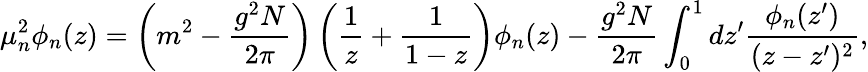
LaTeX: \mu_{n}^{2}\phi_{n}(z)=\left(m^{2}-\frac{g^{2}N}{2\pi}\right)\left(\frac{1}{z}+\frac{1}{1-z}\right)\phi_{n}(z)-\frac{g^{2}N}{2\pi}\int_{0}^{1}dz^{\prime}\frac{\phi_{n}(z^{\prime})}{(z-z^{\prime})^{2}},